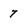
Character: 7